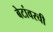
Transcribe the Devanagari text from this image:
बेटांवरची